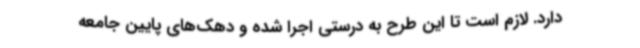
دارد. لازم است تا این طرح به‌ درستی اجرا شده و دهک‌های پایین جامعه